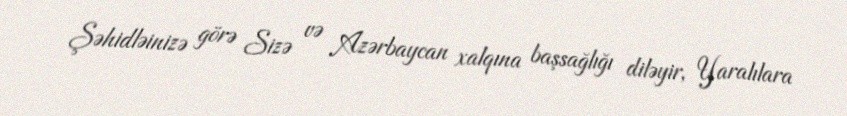
Şəhidləinizə görə Sizə və Azərbaycan xalqına başsağlığı diləyir, Yaralılara